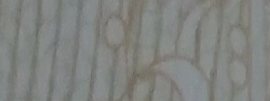
ATMInside